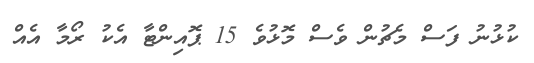
ކުޅުނު ފަސް މެޗުން ވެސް މޮޅުވެ 15 ޕޮއިންޓާ އެކު ރޯމާ އެއް